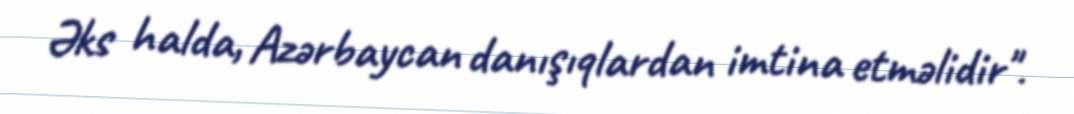
Əks halda, Azərbaycan danışıqlardan imtina etməlidir".